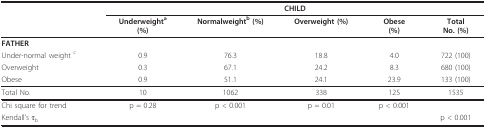
<table><thead><tr><td></td><td colspan="5"><b>CHILD</b></td></tr><tr><td></td><td><b>Underweight<sup>a</sup>(%)</b></td><td><b>Normalweight<sup>b </sup>(%)</b></td><td><b>Overweight (%)</b></td><td><b>Obese(%)</b></td><td><b>TotalNo. (%)</b></td></tr></thead><tbody><tr><td><b>FATHER</b></td><td></td><td></td><td></td><td></td><td></td></tr><tr><td>Under-normal weight <sup>c</sup></td><td>0.9</td><td>76.3</td><td>18.8</td><td>4.0</td><td>722 (100)</td></tr><tr><td>Overweight</td><td>0.3</td><td>67.1</td><td>24.2</td><td>8.3</td><td>680 (100)</td></tr><tr><td>Obese</td><td>0.9</td><td>51.1</td><td>24.1</td><td>23.9</td><td>133 (100)</td></tr><tr><td>Total No.</td><td>10</td><td>1062</td><td>338</td><td>125</td><td>1535</td></tr><tr><td>Chi square for trend</td><td>p = 0.28</td><td>p &lt; 0.001</td><td>p = 0.01</td><td>p &lt; 0.001</td><td></td></tr><tr><td>Kendall&#x27;s τ<sub>b</sub></td><td></td><td></td><td></td><td></td><td>p &lt; 0.001</td></tr></tbody></table>